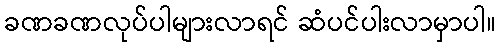
ခဏခဏလုပ်ပါများလာရင် ဆံပင်ပါးလာမှာပါ။